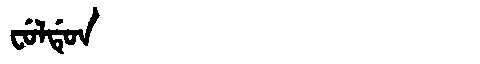
Manchu: ᠸᡠᠯᡩᡠᠨ
Romanization: FULDUN